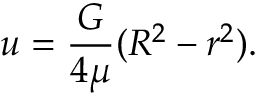
u = { \frac { G } { 4 \mu } } ( R ^ { 2 } - r ^ { 2 } ) .